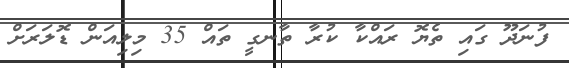
ފުނަދޫ ގައި ތެޔޮ ރައްކާ ކުރާ ތާނގީ ތައް 35 މިލިއަން ޑޮލަރަށް